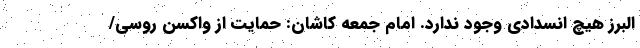
البرز هیچ انسدادی وجود ندارد. امام جمعه کاشان: حمایت از واکسن روسی/